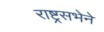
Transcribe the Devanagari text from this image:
राष्ट्रसभेने